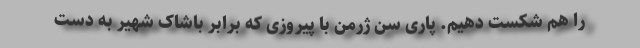
را هم شکست دهیم. پاری سن ژرمن با پیروزی که برابر باشاک شهیر به دست